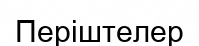
Періштелер